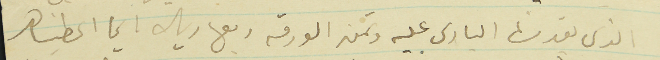
الذي يقدرنا البارى عليه وتمن الورقة ربع ريال ايما اعطيناه